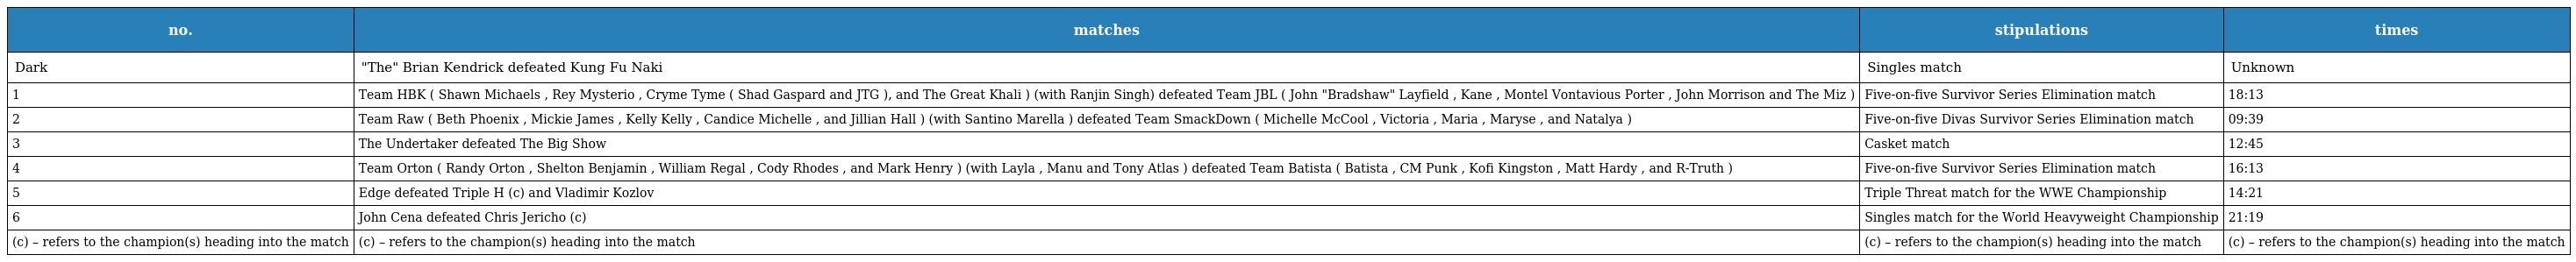
| no. | matches | stipulations | times |
 | --- | --- | --- | --- |
 | Dark | "The" Brian Kendrick defeated Kung Fu Naki | Singles match | Unknown |
 | 1 | Team HBK ( Shawn Michaels , Rey Mysterio , Cryme Tyme ( Shad Gaspard and JTG ), and The Great Khali ) (with Ranjin Singh) defeated Team JBL ( John "Bradshaw" Layfield , Kane , Montel Vontavious Porter , John Morrison and The Miz ) | Five-on-five Survivor Series Elimination match | 18:13 |
 | 2 | Team Raw ( Beth Phoenix , Mickie James , Kelly Kelly , Candice Michelle , and Jillian Hall ) (with Santino Marella ) defeated Team SmackDown ( Michelle McCool , Victoria , Maria , Maryse , and Natalya ) | Five-on-five Divas Survivor Series Elimination match | 09:39 |
 | 3 | The Undertaker defeated The Big Show | Casket match | 12:45 |
 | 4 | Team Orton ( Randy Orton , Shelton Benjamin , William Regal , Cody Rhodes , and Mark Henry ) (with Layla , Manu and Tony Atlas ) defeated Team Batista ( Batista , CM Punk , Kofi Kingston , Matt Hardy , and R-Truth ) | Five-on-five Survivor Series Elimination match | 16:13 |
 | 5 | Edge defeated Triple H (c) and Vladimir Kozlov | Triple Threat match for the WWE Championship | 14:21 |
 | 6 | John Cena defeated Chris Jericho (c) | Singles match for the World Heavyweight Championship | 21:19 |
 | (c) – refers to the champion(s) heading into the match | (c) – refers to the champion(s) heading into the match | (c) – refers to the champion(s) heading into the match | (c) – refers to the champion(s) heading into the match |